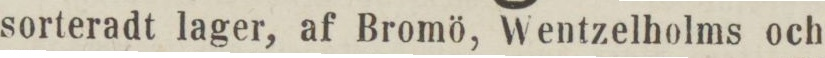
sorteradt lager, af Bromö, Wentzelholms och